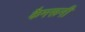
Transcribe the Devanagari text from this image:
कैमरूनी